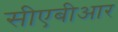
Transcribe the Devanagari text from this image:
सीएबीआर